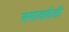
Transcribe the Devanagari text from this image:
समावलेली